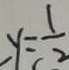
y = \frac { 1 } { 2 }